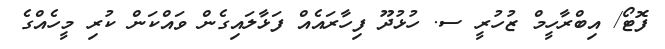
ފޮޓޯ/ އިބްރާހީމް ޒުހުރީ ސ. ހުޅުދޫ ފިހާރައެއް ފަޅާލައިގެން ވައްކަން ކުރި މީހެއްގެ